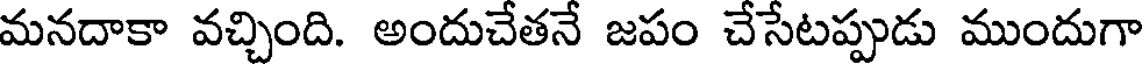
మనదాకా వచ్చింది. అందుచేతనే జపం చేసేటప్పుడు ముందుగా